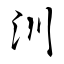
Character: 汌